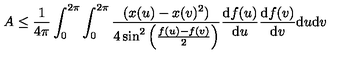
A \leq \frac { 1 } { 4 \pi } \int _ { 0 } ^ { 2 \pi } \int _ { 0 } ^ { 2 \pi } \frac { ( x ( u ) - x ( v ) ^ { 2 } ) } { 4 \sin ^ { 2 } \left( \frac { f ( u ) - f ( v ) } { 2 } \right) } \frac { \mathrm { d } f ( u ) } { \mathrm { d } u } \frac { \mathrm { d } f ( v ) } { \mathrm { d } v } \mathrm { d } u \mathrm { d } v